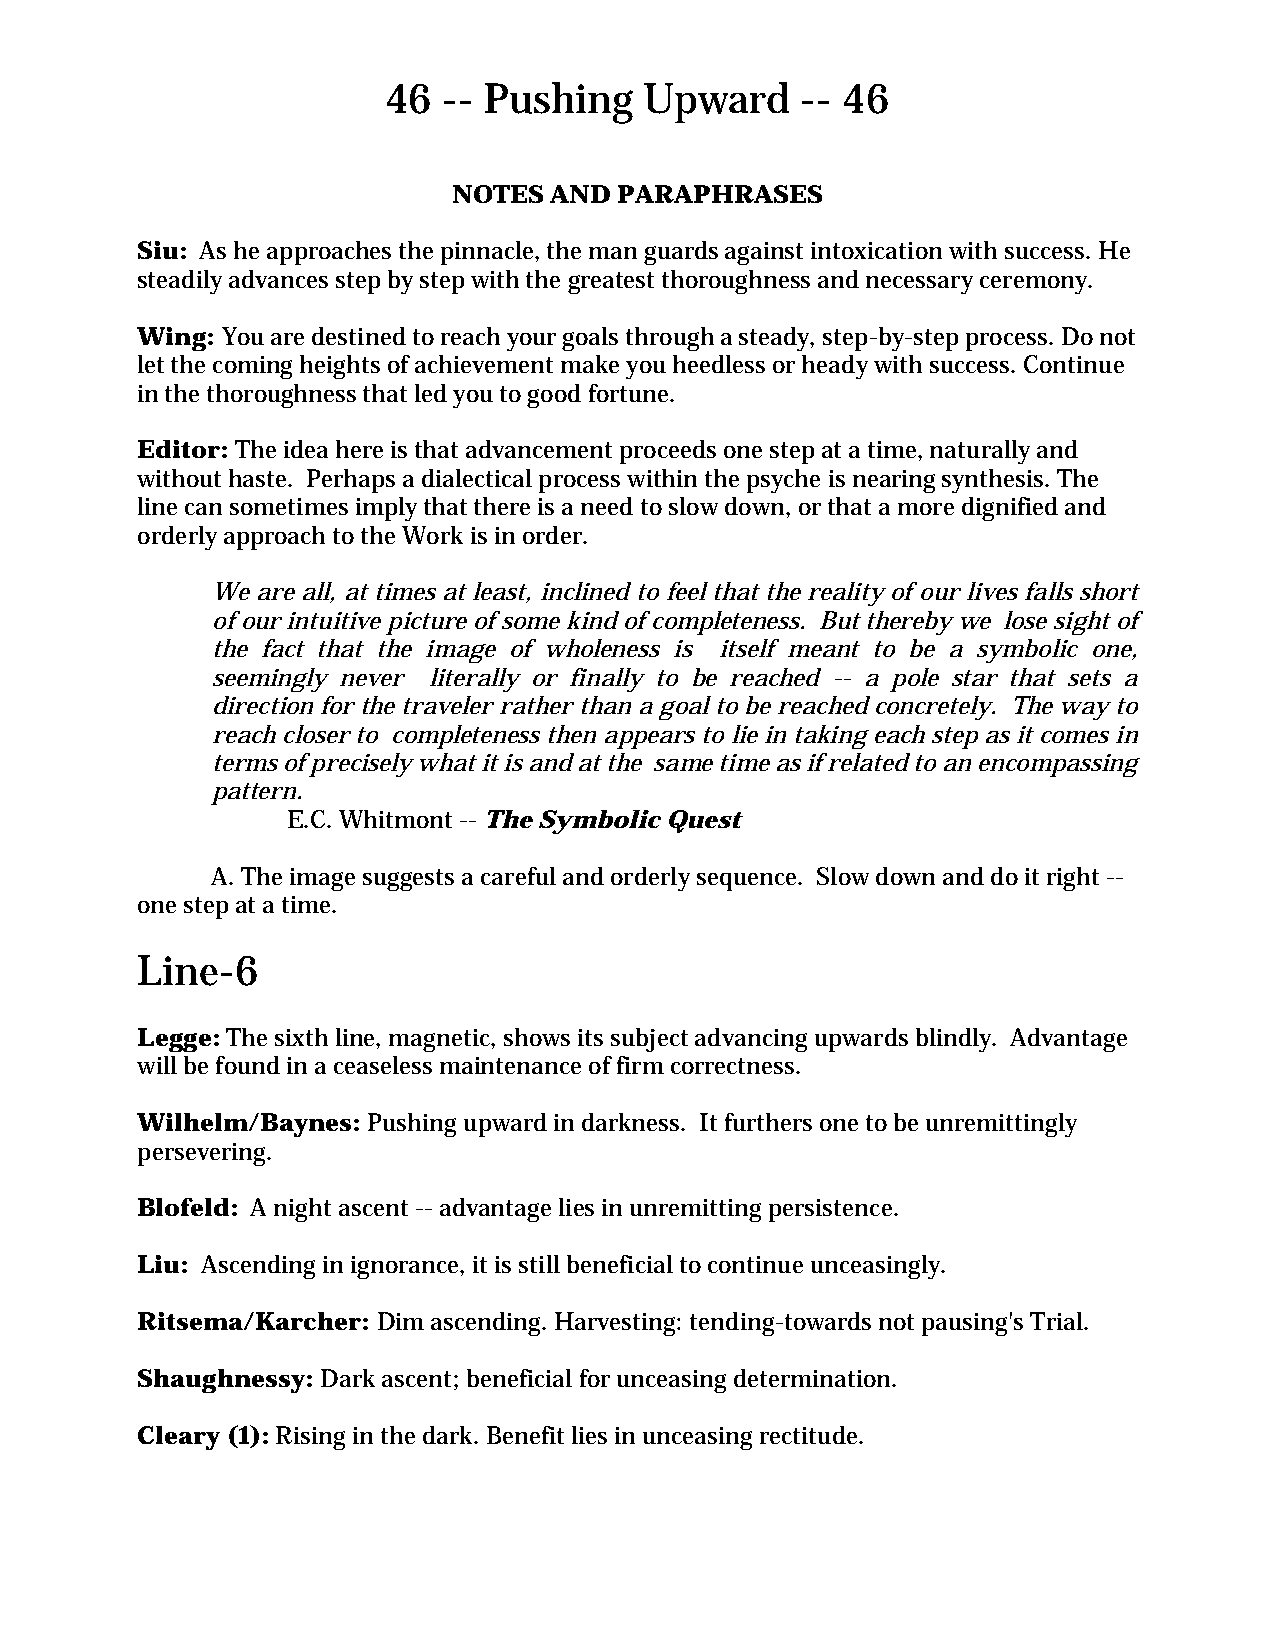
46 -- Pushing    Upward    -- 46
 NOTES AND  PARAPHRASES
 Siu: As he approaches the pinnacle, the man guards against intoxication with success. He
 steadily advances step by step with the greatest thoroughness and necessary ceremony.
 Wing: You are destined to reach your goals through a steady, step-by-step process. Do not
 let the coming heights of achievement make you heedless or heady with success. Continue
 in the thoroughness that led you to good fortune.
 Editor: The idea here is that advancement proceeds one step at a time, naturally and
 without haste. Perhaps a dialectical process within the psyche is nearing synthesis. The
 line can sometimes imply that there is a need to slow down, or that a more dignified and
 orderly approach to the Work is in order.
 We are all, at times at least, inclined to feel that the reality of our lives falls short
 of our intuitive picture of some kind of completeness. But thereby we lose sight of
 the fact that the image of wholeness is itself meant to be a symbolic one,
 seemingly never literally or finally to be reached -- a pole star that sets a
 direction for the traveler rather than a goal to be reached concretely. The way to
 reach closer to completeness then appears to lie in taking each step as it comes in
 terms of precisely what it is and at the same time as if related to an encompassing
 pattern.
 E.C. Whitmont -- The Symbolic Quest
 A. The image suggests a careful and orderly sequence. Slow down and do it right --
 one step at a time.
 Line-6
 Legge: The sixth line, magnetic, shows its subject advancing upwards blindly. Advantage
 will be found in a ceaseless maintenance of firm correctness.
 Wilhelm/Baynes: Pushing upward in darkness. It furthers one to be unremittingly
 persevering.
 Blofeld: A night ascent -- advantage lies in unremitting persistence.
 Liu: Ascending in ignorance, it is still beneficial to continue unceasingly.
 Ritsema/Karcher: Dim ascending. Harvesting: tending-towards not pausing's Trial.
 Shaughnessy: Dark ascent; beneficial for unceasing determination.
 Cleary (1): Rising in the dark. Benefit lies in unceasing rectitude.